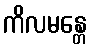
ကိလမန္တေ